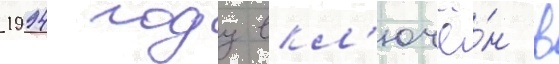
1994 году вкл'ючё́н в